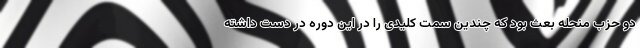
دو حزب منحله بعث بود که چندین سمت کلیدی را در این دوره در دست داشته